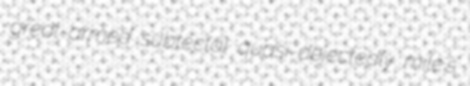
great-armed subtectal quasi-dejectedly mile's